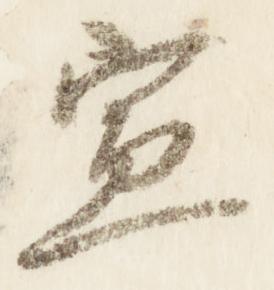
宣